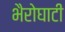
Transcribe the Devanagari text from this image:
भैरोघाटी